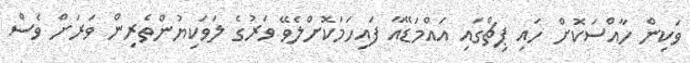
ވަކިން ހާއްސަކޮށް ހައި ޕިޗްގައި އައްމަޑޭއާ ފައިހަމަކޮށްލެވޭ ވަރުގެ ލަވަކިޔުންތެރިން ވަރަށް ވެސް